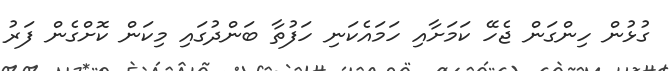
ގުޅުން ހިންގަން ޖެހޭ ކަމަށާއި ހަމައެކަނި ހަފުތާ ބަންދުގައި މިކަން ކޮށްގެން ފަރު